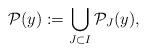
LaTeX: \begin{align*}\mathcal{P}(y):=\bigcup_{J\subset I} \mathcal{P}_J(y),\end{align*}